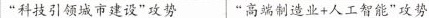
”科技引领城市建设”攻势 ”高端制造业+人工智能”攻势